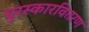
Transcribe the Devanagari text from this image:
पुरस्कारवितरण